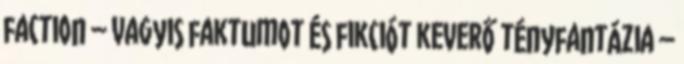
faction – vagyis faktumot és fikciót keverő tényfantázia –